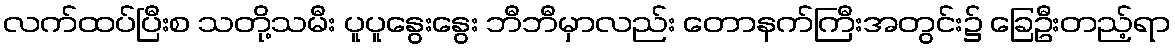
လက်ထပ်ပြီးစ သတို့သမီး ပူပူနွေးနွေး ဘီဘီမှာလည်း တောနက်ကြီးအတွင်း၌ ခြေဦးတည့်ရာ